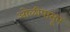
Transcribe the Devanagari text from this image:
ओळीपासून